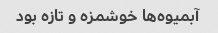
آبمیوه‌ها خوشمزه و تازه بود